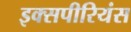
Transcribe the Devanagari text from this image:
इक्सपीरियंस